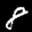
Label: 8